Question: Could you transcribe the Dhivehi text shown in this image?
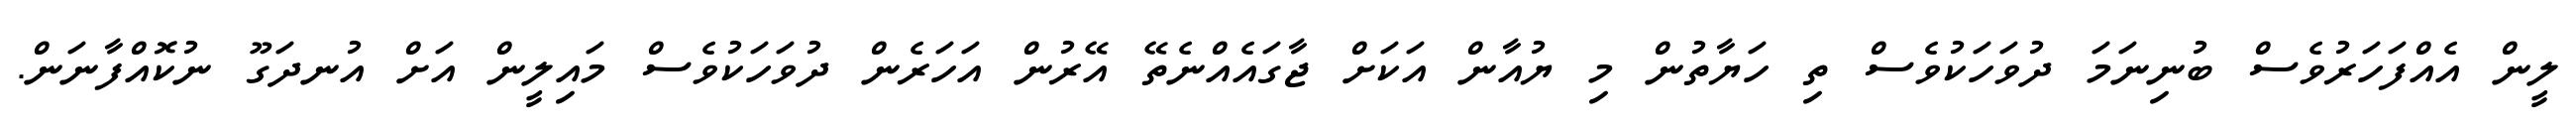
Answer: ލީން އެއްފަހަރުވެސް ބުނިނަމަ ދުވަހަކުވެސް ތި ހަޔާތުން މި ޔުއާން އަކަށް ޖާގައެއްނެތޭ އޭރުން އަހަރެން ދުވަހަކުވެސް މައިލީން އަށް އުނދަގޫ ނުކޮއްފާނަން.